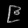
Digit: ၉